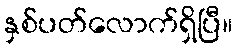
နှစ်ပတ်လောက်ရှိပြီ။